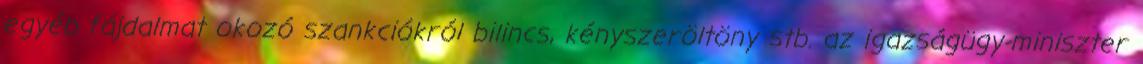
egyéb fájdalmat okozó szankciókról bilincs, kényszeröltöny stb. az igazságügy-miniszter